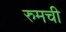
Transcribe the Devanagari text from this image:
रुमची